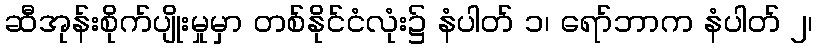
ဆီအုန်းစိုက်ပျိုးမှုမှာ တစ်နိုင်ငံလုံး၌ နံပါတ် ၁၊ ရော်ဘာက နံပါတ် ၂၊